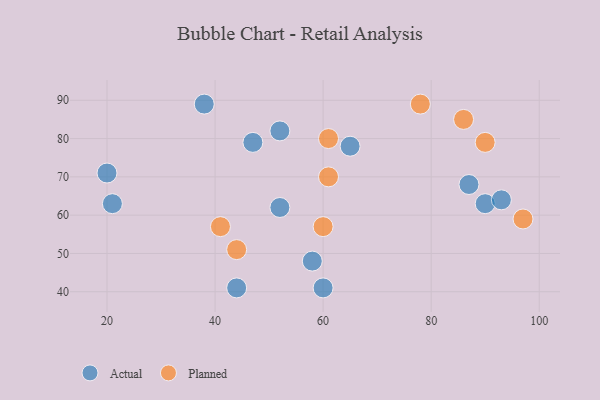
{"axis": {"x": "GDP", "y": "Life Expectancy"}, "legend": ["Actual", "Planned"], "data": [{"x": "90", "y": 63, "type": "Actual"}, {"x": "20", "y": 71, "type": "Actual"}, {"x": "38", "y": 89, "type": "Actual"}, {"x": "44", "y": 41, "type": "Actual"}, {"x": "58", "y": 48, "type": "Actual"}, {"x": "65", "y": 78, "type": "Actual"}, {"x": "60", "y": 41, "type": "Actual"}, {"x": "47", "y": 79, "type": "Actual"}, {"x": "87", "y": 68, "type": "Actual"}, {"x": "93", "y": 64, "type": "Actual"}, {"x": "21", "y": 63, "type": "Actual"}, {"x": "52", "y": 82, "type": "Actual"}, {"x": "52", "y": 62, "type": "Actual"}, {"x": "86", "y": 85, "type": "Planned"}, {"x": "97", "y": 59, "type": "Planned"}, {"x": "78", "y": 89, "type": "Planned"}, {"x": "61", "y": 80, "type": "Planned"}, {"x": "90", "y": 79, "type": "Planned"}, {"x": "60", "y": 57, "type": "Planned"}, {"x": "44", "y": 51, "type": "Planned"}, {"x": "41", "y": 57, "type": "Planned"}, {"x": "61", "y": 70, "type": "Planned"}]}